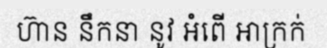
ហ៊ាន នឹកនា នូវ អំពើ អាក្រក់